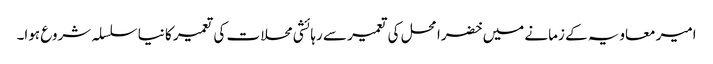
امیر معاویہ کے زمانے میں خضرا محل کی تعمیر سے رہائشی محلات کی تعمیر کا نیا سلسلہ شروع ہوا۔